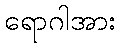
ရောဂါအား